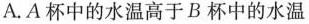
A.A杯中的水温高于B杯中的水温